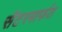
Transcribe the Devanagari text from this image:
सेंटरमार्फत